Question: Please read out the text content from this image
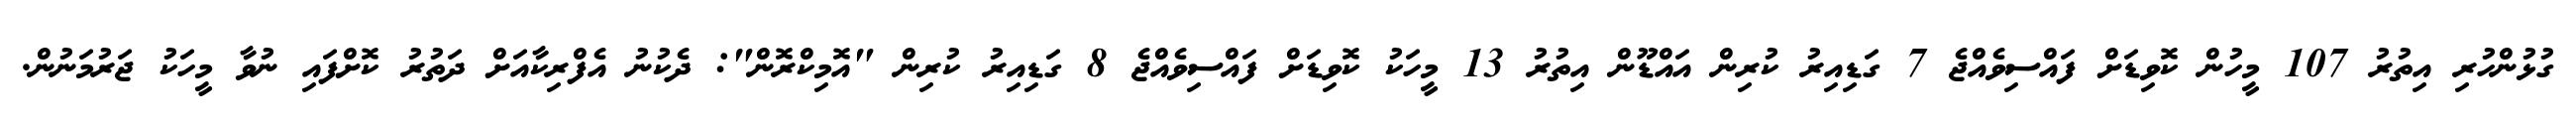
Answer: ގުޅުންހުރި އިތުރު 107 މީހުން ކޮވިޑަށް ފައްސިވެއްޖެ 7 ގަޑިއިރު ކުރިން އައްޑޫން އިތުރު 13 މީހަކު ކޮވިޑަށް ފައްސިވެއްޖެ 8 ގަޑިއިރު ކުރިން "އޮމިކްރޮން": ދެކުނު އެފްރިކާއަށް ދަތުރު ކޮށްފައި ނުވާ މީހަކު ޖަރުމަނުން.